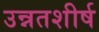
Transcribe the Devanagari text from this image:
उन्नतशीर्ष